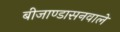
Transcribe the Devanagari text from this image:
बीजाण्डासनवाले